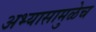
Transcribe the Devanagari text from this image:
अभ्यासामुळेच